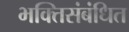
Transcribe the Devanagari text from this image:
भक्तिसंबंधित